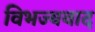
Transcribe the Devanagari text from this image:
विभज्यवाद